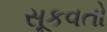
સૂકવતો